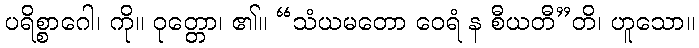
ပရိစ္စာဂေါ၊ ကို။ ဝုတ္တော၊ ၏။ “သံယမတော ဝေရံ န စီယတီ”တိ၊ ဟူသော။